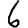
Digit: 6